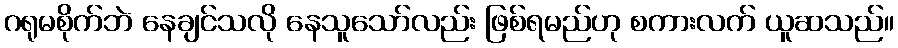
ဂရုမစိုက်ဘဲ နေချင်သလို နေသူသော်လည်း ဖြစ်ရမည်ဟု စကားလက် ယူဆသည်။